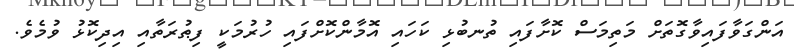
އަންގަވާފައިވާގޮތަށް މަތިމަސް ކޮށާފައި ތުނބުޅި ކަހައި އޮމާންކޮށްފައި ހުރުމަކީ ފިޠުރަތާއި އިދިކޮޅު ވުމެވެ.